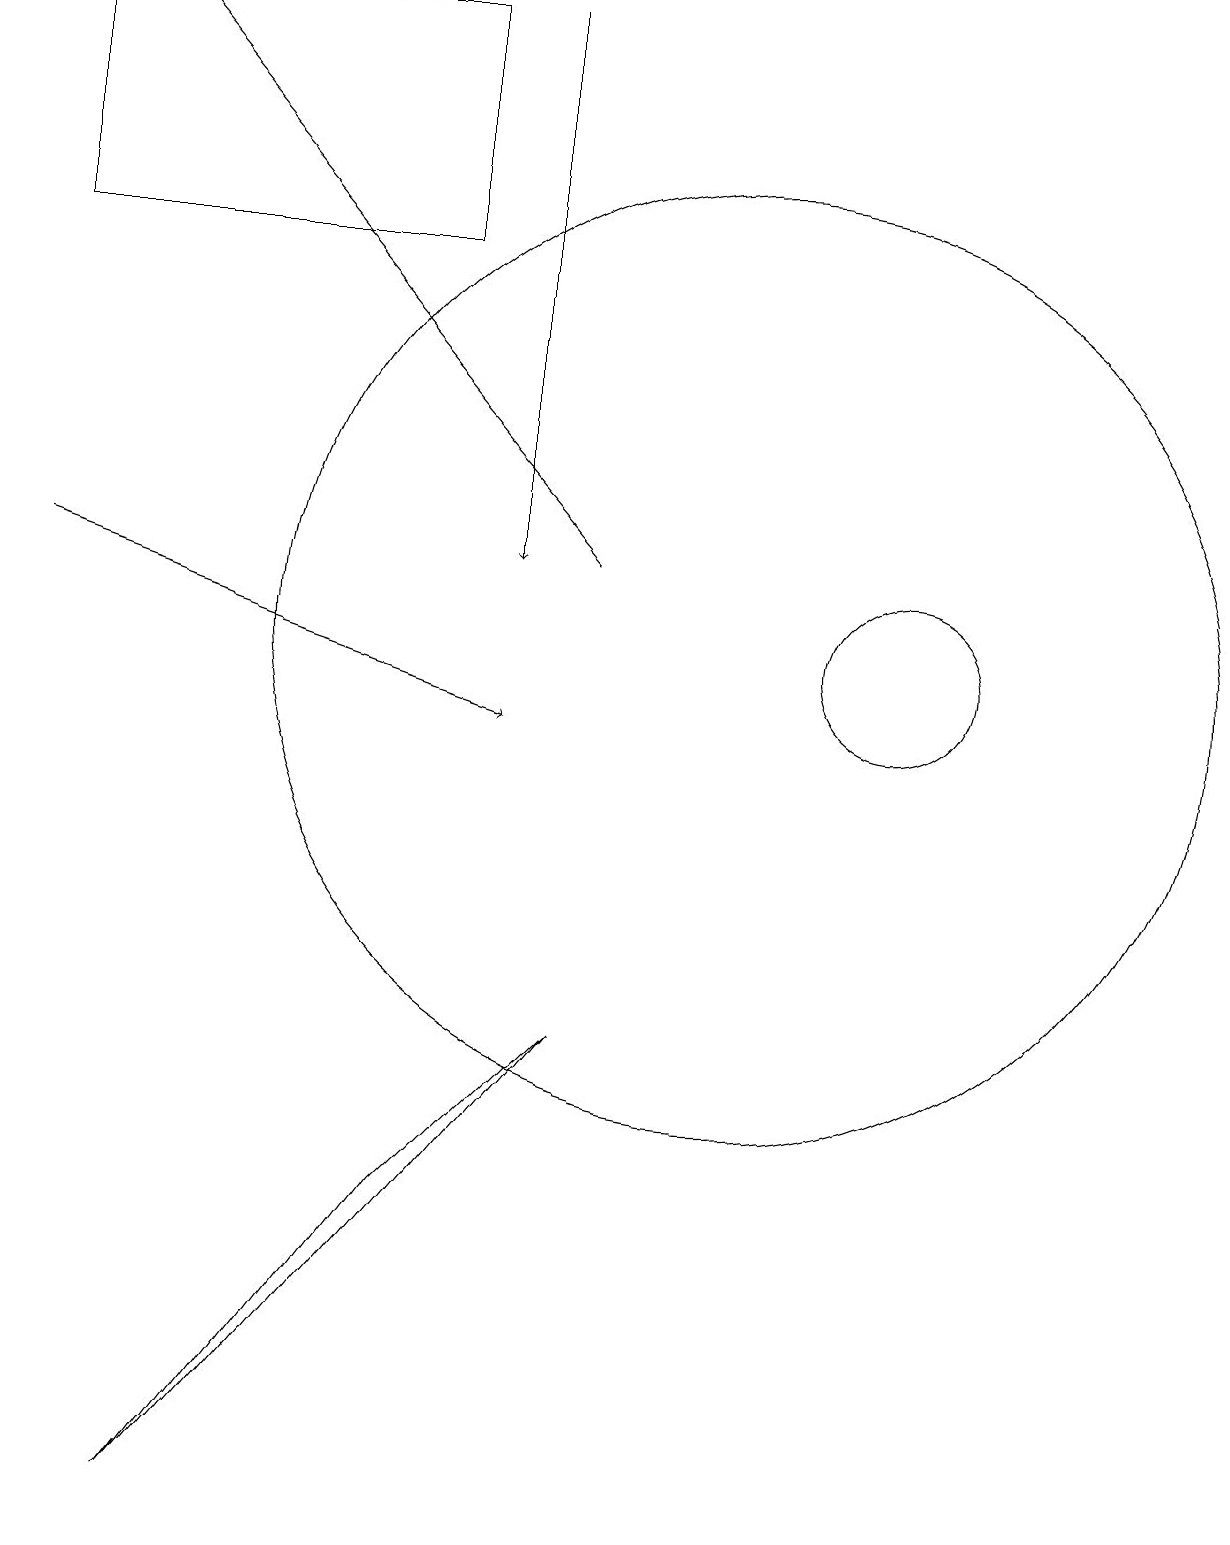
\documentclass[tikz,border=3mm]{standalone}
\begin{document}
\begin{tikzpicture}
\draw (6,4) -- (8,6) -- (3,0) -- cycle;
\draw[->] (7,19) -- (7,12);
\draw (10,11) circle (6);
\draw[->] (8,12) -- (2,19);
\draw[->] (1,12) -- (7,10);
\draw (12,11) circle (1);
\draw (1,16) rectangle (6,19);
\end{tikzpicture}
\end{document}